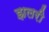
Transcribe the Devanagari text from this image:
झलरी